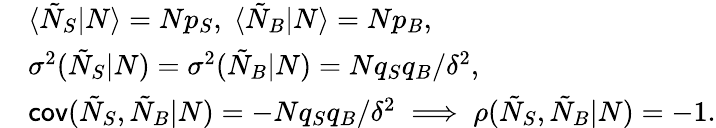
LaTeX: \begin{array}{rl}&{\langle\tilde{N}_{S}|N\rangle=Np_{S},\; \langle\tilde{N}_{B}|N\rangle=Np_{B},}\\ &{\sigma^{2}(\tilde{N}_{S}|N)=\sigma^{2}(\tilde{N}_{B}|N)=Nq_{S}q_{B}/\delta^{2},}\\ &{\textsf{cov}(\tilde{N}_{S},\tilde{N}_{B}|N)=-Nq_{S}q_{B}/\delta^{2}\; \Longrightarrow\; \rho(\tilde{N}_{S},\tilde{N}_{B}|N)=-1.}\end{array}